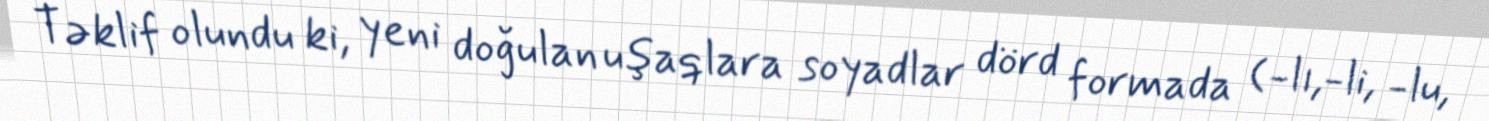
Təklif olundu ki, yeni doğulan uşaqlara soyadlar dörd formada (-lı,-li, -lu,